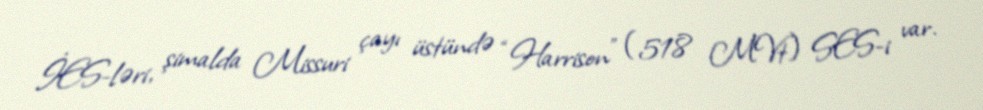
İES-ləri, şimalda Missuri çayı üstündə “Harrison” (518 MVt) SES-i var.